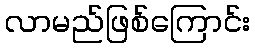
လာမည်ဖြစ်ကြောင်း